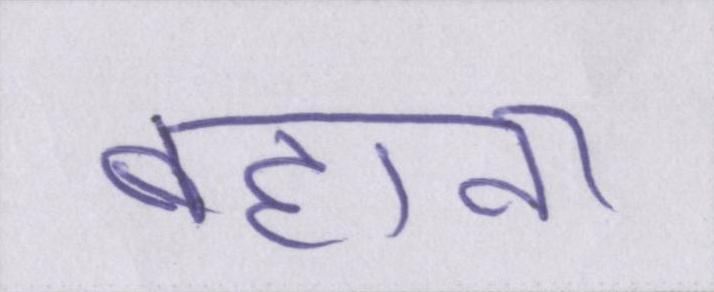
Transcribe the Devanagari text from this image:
बहाना